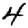
Digit: 4